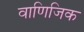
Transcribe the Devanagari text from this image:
वाणिजिक